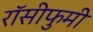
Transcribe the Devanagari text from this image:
रॉसीफुमी